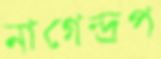
নাগেন্দ্রপ